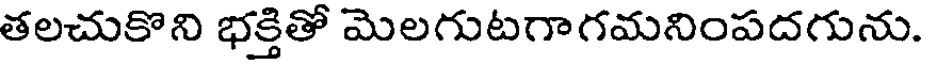
తలచుకొని భక్తితో మెలగుటగాగమనింపదగును.